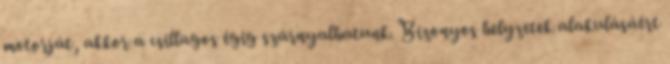
motorját, akkor a csillagos égig szárnyalhatunk. Bizonyos helyzetek alakulásáért